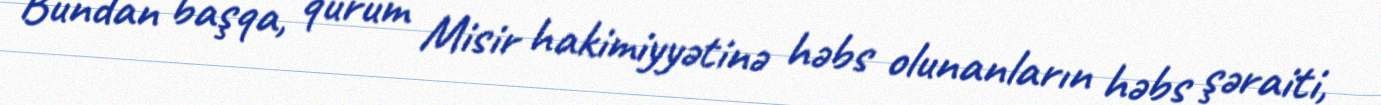
Bundan başqa, qurum Misir hakimiyyətinə həbs olunanların həbs şəraiti,